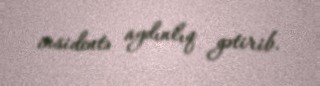
insidentə aydınlıq gətirib.